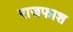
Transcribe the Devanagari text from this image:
राजफाश